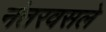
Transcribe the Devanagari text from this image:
नंतरवसले